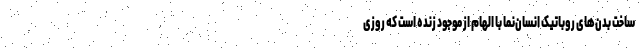
ساخت بدن‌های روباتیک انسان‌نما با الهام از موجود زنده است که روزی